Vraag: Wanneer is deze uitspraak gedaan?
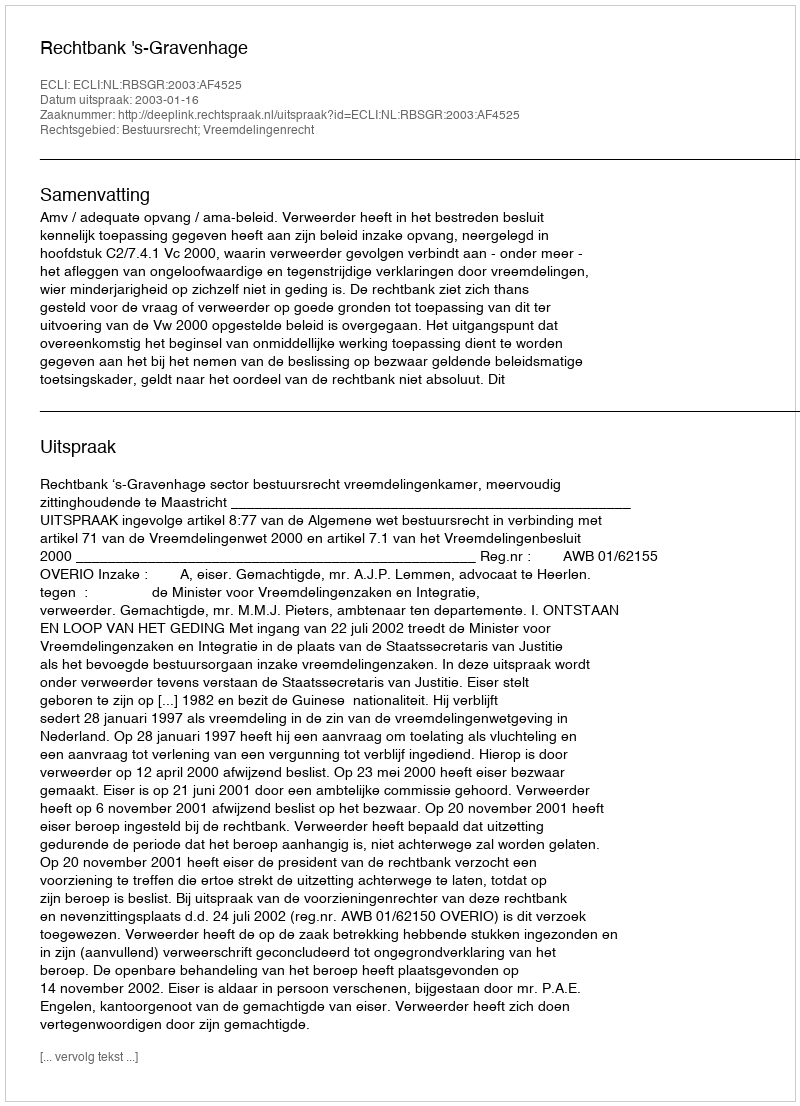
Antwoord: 2003-01-16